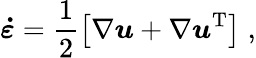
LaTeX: \boldsymbol{\dot{\varepsilon}}=\frac{1}{2}\left[\nabla\boldsymbol{u}+\nabla\boldsymbol{u}^{\mathrm{T}}\right]\; ,